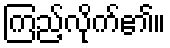
ကြည့်လိုက်၏။